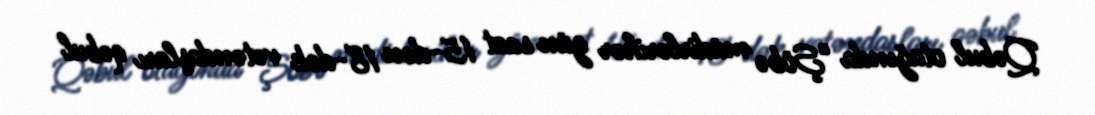
Qəbul otağında “Şöbə müdirlərihər gün saat 15-dən 18-dək vətəndaşları qəbul